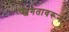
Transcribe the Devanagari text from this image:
स्वगतावरून